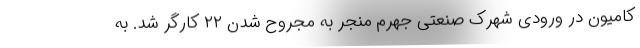
کامیون در ورودی شهرک صنعتی جهرم منجر به مجروح شدن ۲۲ کارگر شد. به